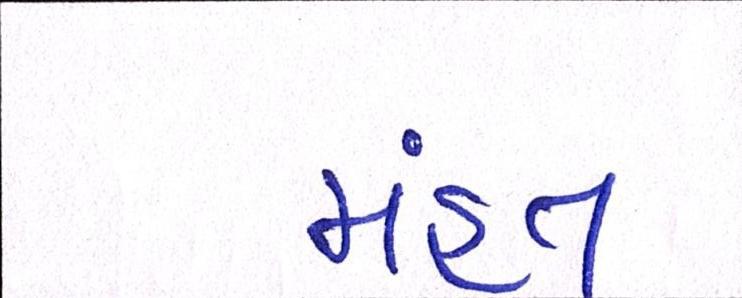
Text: મંહત